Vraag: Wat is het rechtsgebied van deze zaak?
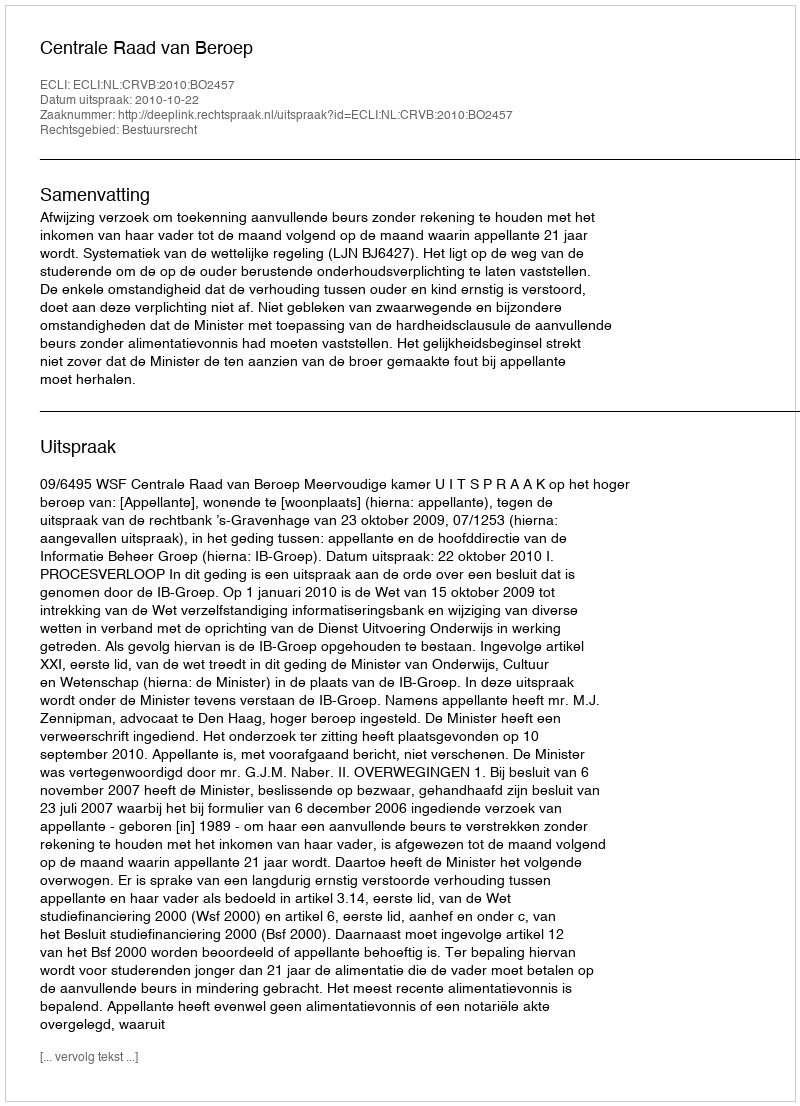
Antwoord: Bestuursrecht